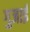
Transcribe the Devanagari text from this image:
गुजाई